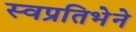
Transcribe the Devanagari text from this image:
स्वप्रतिभेने